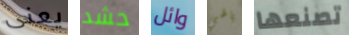
يعنى حشد وائل يالهي تصنعها